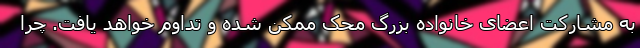
به مشارکت اعضای خانواده بزرگ محک ممکن شده و تداوم خواهد یافت. چرا